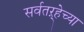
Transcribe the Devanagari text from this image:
सर्वतऱ्हेच्या